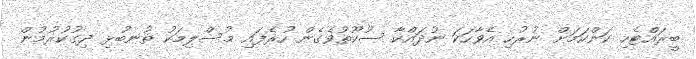
ބީރައްޓެހި ކަންކަމަށް ނުރުހި އެވާހަކަ ނުދައްކާ ސުކޫތުވެގެން ހުރެފައި މުސްލިމަކު ތުނބުޅި ދިގުކުރުމުން